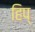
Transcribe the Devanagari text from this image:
हिप्